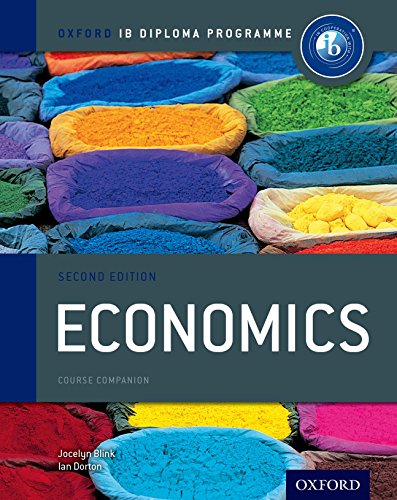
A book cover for IB Economics Course Book: 2nd Edition: Oxford IB Diploma Program (International Baccalaureate); Jocelyn Blink; Business & Money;